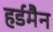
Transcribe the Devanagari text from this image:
हर्डमैन